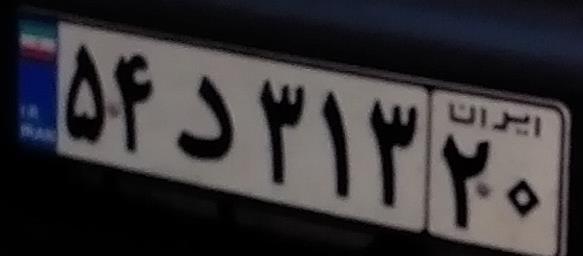
۵۴د۳۱۳۲۰